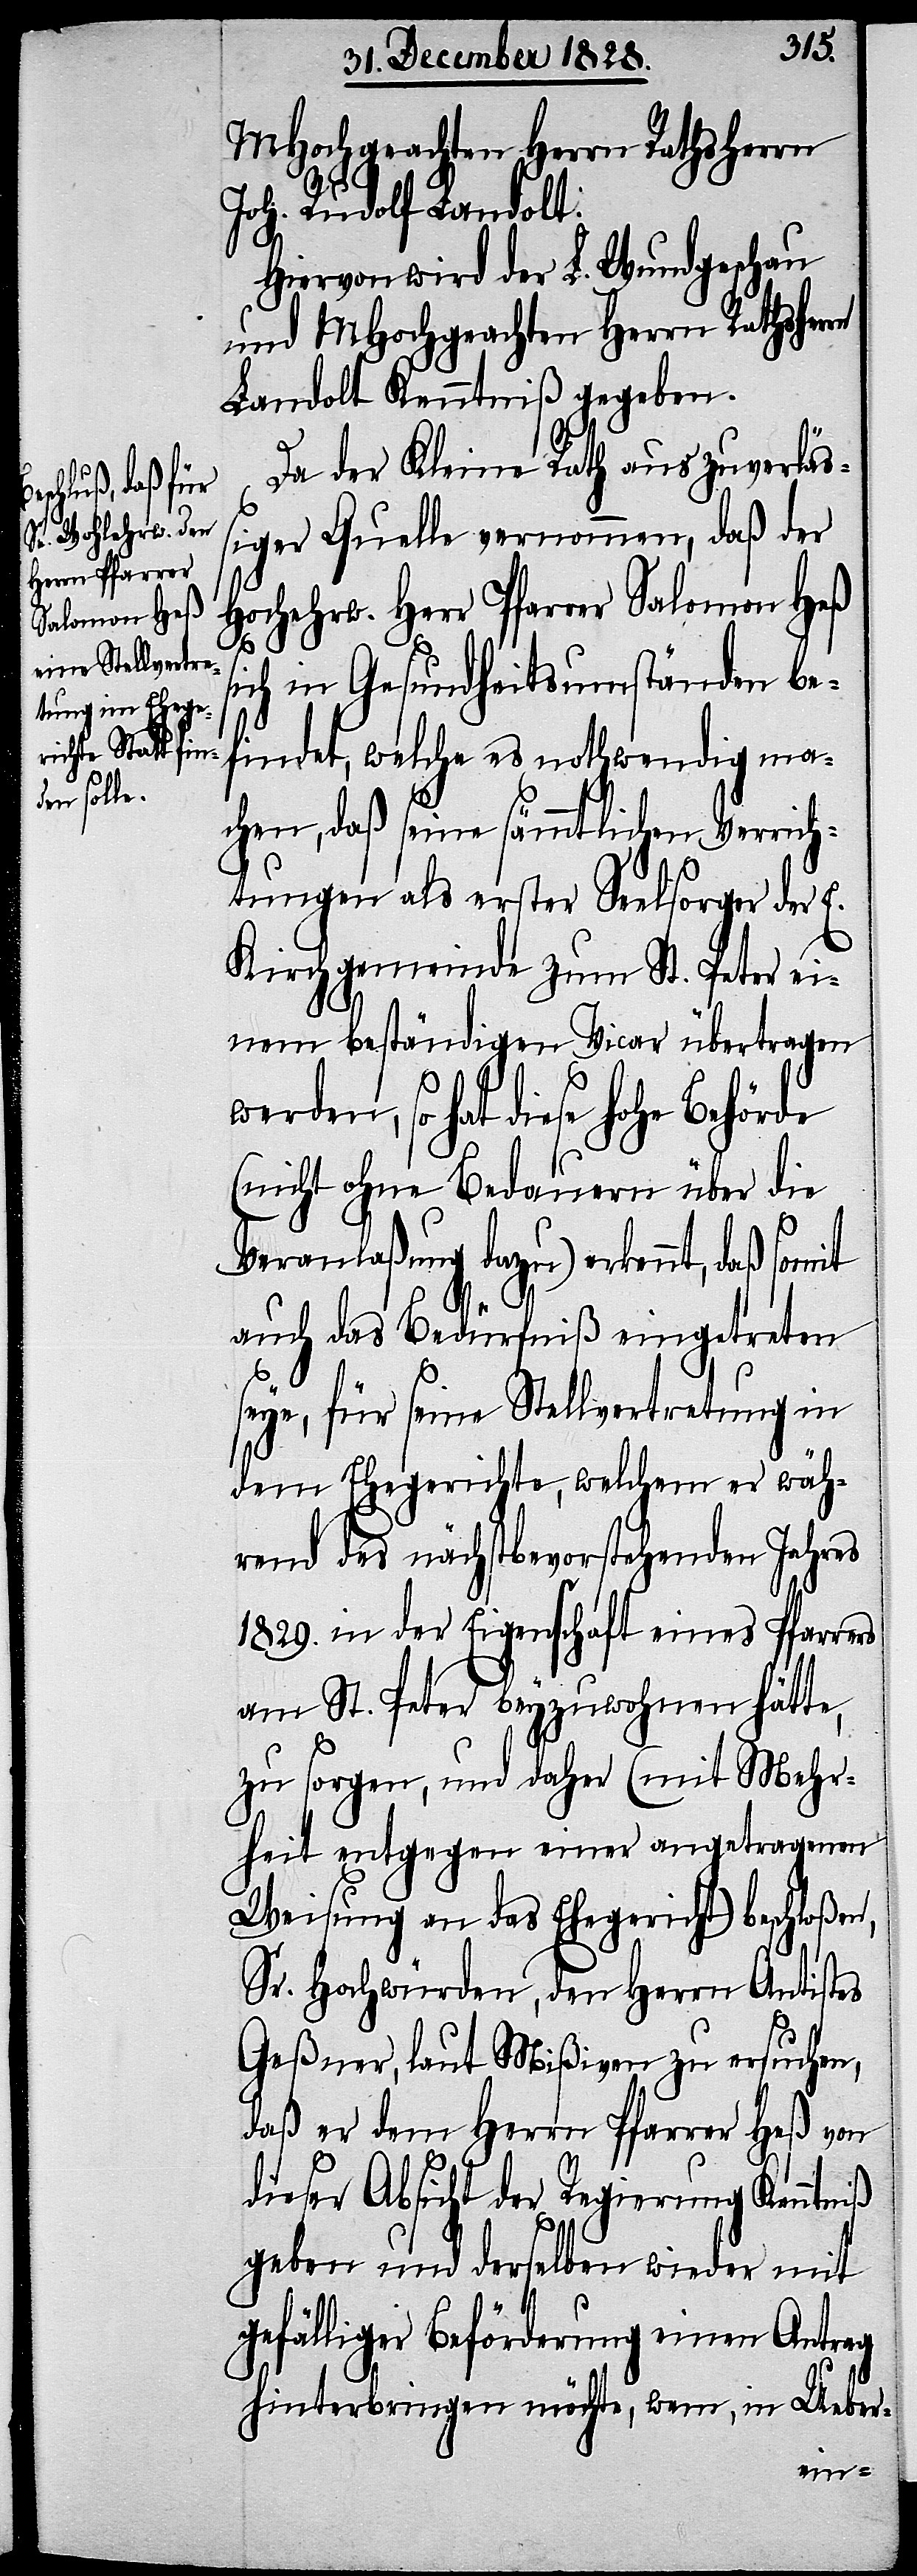
s¬
MHochgeachten Herrn Rathsherrn
Joh. Rudolf Landolt.
Hiervon wird der L. Wundgeschau
und MHochgeachten Herrn Rathsherrn
Landolt Kenntniß gegeben.
Da der Kleine Rath aus zuverlä¬
ßiger Quelle vernommen, daß der
Hochehrw. Herr Pfarrer Salomon Heß
ich in Gesundheitsumständen be¬
findet, welche es nothwendig ma¬
chen, daß seine sämmtlichen Verrich¬
tungen als erster Seelsorger der E.
Kirchgemeinde zum St. Peter ei¬
nem beständigen Vicar übertragen
werden, so hat diese hohe Behörde
(nicht ohne Bedauern über die
Veranlaßung dazu) erkennt, daß somit
auch das Bedürfniß eingetreten
seye, für seine Stellvertretung in
dem Ehegerichte, welchem er wäh¬
rend des nächstbevorstehenden Jahres
1829. in der Eigenschaft eines Pfarrers
am St. Peter beyzuwohnen hätte,
zu sorgen, und daher (mit Mehr¬
heit entgegen einer angetragenen
Weisung an das Ehegericht) beschloßen,
Sr. Hochwürden, den Herrn Antistes
Geßner, laut Mißiven zu ersuchen,
daß er dem Herrn Pfarrer Heß von
dieser Absicht der Regierung Kenntniß
geben und derselben wieder mit
gefälliger Beförderung einen Antrag
hinterbringen möchte, wem, in Ueber-